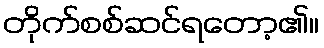
တိုက်စစ်ဆင်ရတော့၏။